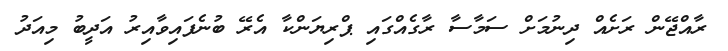
ރާއްޖޭން ރަށެއް ދިނުމަށް ސަމާސާ ރާގެއްގައި ޕްރިޔަންކާ އެރޭ ބުނެފައިވާއިރު އަދީބު މިއަދު